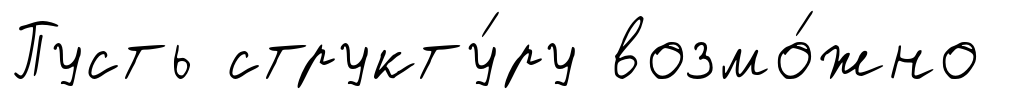
Пусть структу́ру возмо́жно